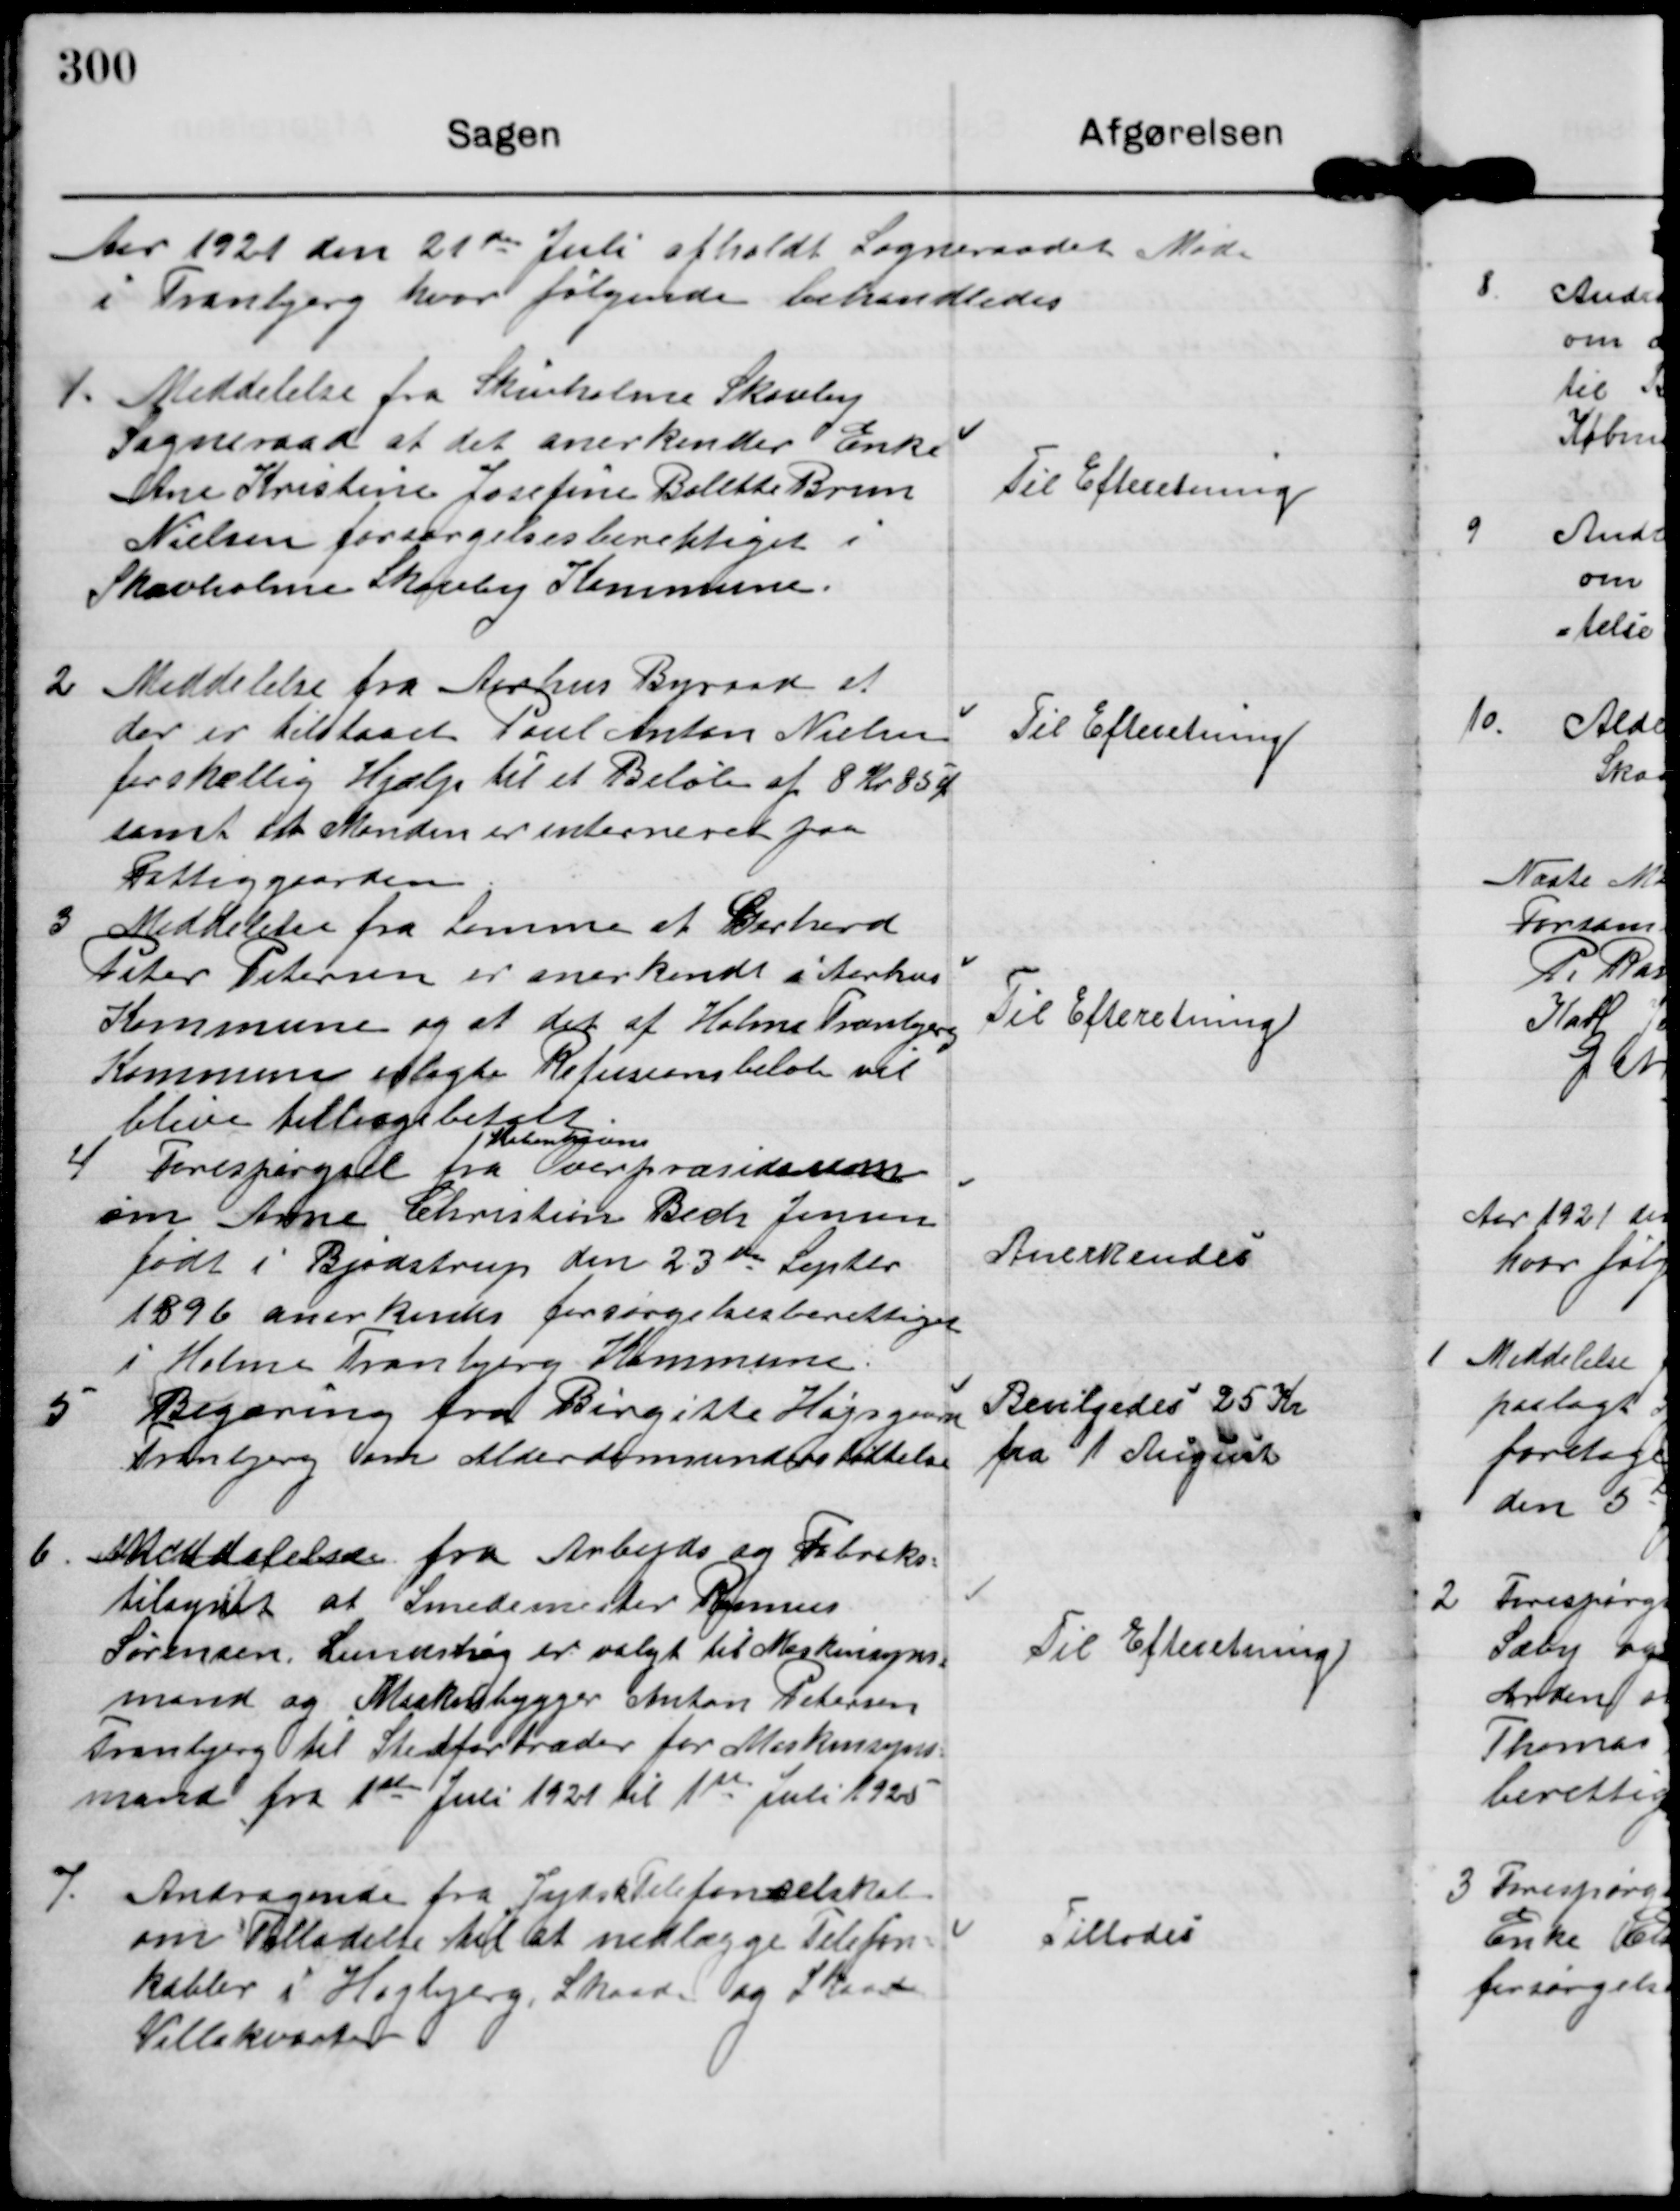
Transskription:
Aar 1921 den 21de Juli afholdt Sogneraadet Møde
i Tranbjerg hvor følgende behandledes

1.

Meddelelse fra Skivholme Skovby
Sogneraad at det anerkender Enke
Ane Kristine Josefine Bolette Brun
Nielsen forsørgelsesberettiget
Skivholme Skovby Kommune.

Til Efteretning.

2

Meddelelse fra Aarhus Byraad at
der er tilstaaet Poul Anton Nielsen
forskellig Hjælp til et Beløb af 8 Kr 85 Ø
samt at Manden er interneret paa
Fattiggaarden

Til Efteretning.

3

Meddelelse fra Lemme at Gerhard
Peter Petersen er anerkendt i Aarhus
Kommune og at det af Holme Tranbjerg
Kommune erlagte Refusionsbeløb vil
blive tiltbagebetalt

Til Efteretning.

4

Forespørgsel fra 
Københavns
Overpræsidium
om Arne Christian Bech Jensen
født i Bjødstrup den 23de Septbr
1896 anerkendes forsørgelsesberettiget
i Holme Tranbjerg Kommune.

Anerkendes

5

Begæring fra Birgitte Højsgaard
Tranbjerg som Alderdomsunderstøttelse

Bevilgedes 25 Kr
fra 1 August

6.

Meddelelse fra Arbejds og Fabriks-
tilsynet at Smedemester Rasmus
Sørensen Lundshøj er valgt til Maskinsyns-
mand og Maskinbygger Anton Petersen
Tranbjerg til Stedfortræder for Maskinsyns-
mand fra 1ste Juli 1921 til 1ste Juli 1925

Til Efteretning.

7.

Andragende fra Jydsk Telefonselskab
om Tilladelse til at nedlægge Telefon-
kabler i Højbjerg Skaade og Skaade
Villakvarter.

Tillades